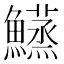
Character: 𬵴